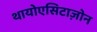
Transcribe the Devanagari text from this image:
थायोएसिटाज़ोन